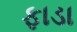
ફાડા